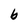
Character: b